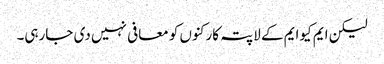
لیکن ایم کیوایم کے لاپتہ کارکنوں کو معافی نہیں دی جارہی۔